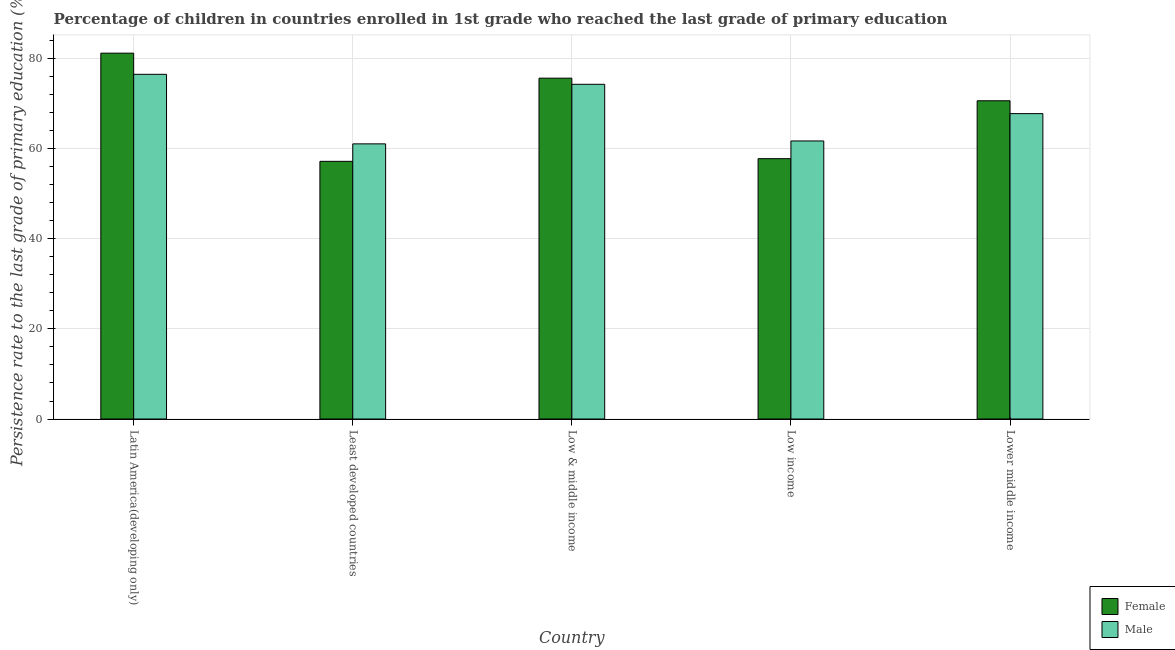
| Country | Female | Male |
 | --- | --- | --- |
 | Latin America(developing only) | 81.2 | 76.5 |
 | Least developed countries | 57.2 | 61.1 |
 | Low & middle income | 75.7 | 74.3 |
 | Low income | 57.8 | 61.7 |
 | Lower middle income | 70.7 | 67.8 |